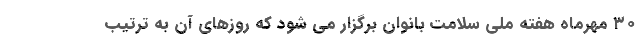
۳۰ مهرماه هفته ملی سلامت بانوان برگزار می شود که روزهای آن به ترتیب